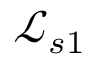
\mathcal { L } _ { s 1 }